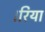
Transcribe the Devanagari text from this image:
।रिया